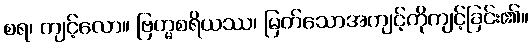
စရ၊ ကျင့်လော။ ဗြဟ္မစရိယဿ၊ မြတ်သောအကျင့်ကိုကျင့်ခြင်း၏။